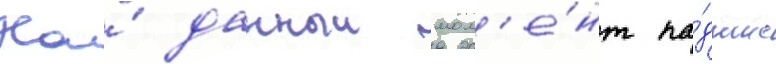
На́ данныи мом'е́нт па́дшие